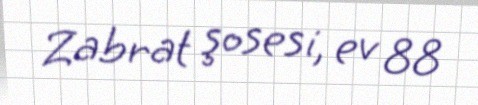
Zabrat şosesi, ev 88